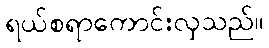
ရယ်စရာကောင်းလှသည်။